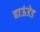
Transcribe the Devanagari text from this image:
हाऊंडेड